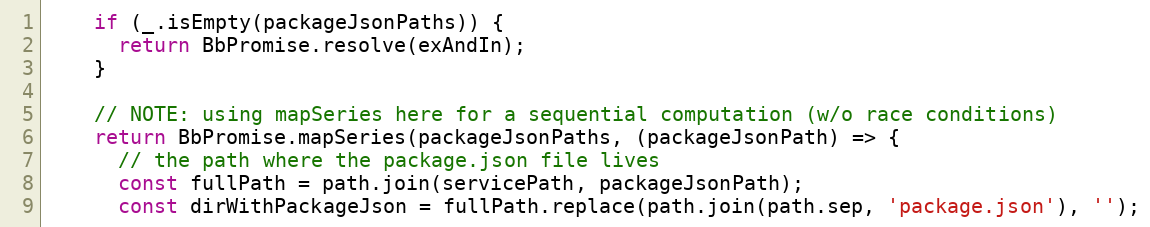
Language: JavaScript
    if (_.isEmpty(packageJsonPaths)) {
      return BbPromise.resolve(exAndIn);
    }

    // NOTE: using mapSeries here for a sequential computation (w/o race conditions)
    return BbPromise.mapSeries(packageJsonPaths, (packageJsonPath) => {
      // the path where the package.json file lives
      const fullPath = path.join(servicePath, packageJsonPath);
      const dirWithPackageJson = fullPath.replace(path.join(path.sep, 'package.json'), '');